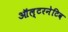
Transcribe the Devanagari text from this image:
ऑल्‍टरनेटिव